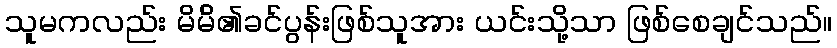
သူမကလည်း မိမ်ိ၏ခင်ပွန်းဖြစ်သူအား ယင်းသို့သာ ဖြစ်စေချင်သည်။